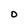
Character: O